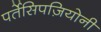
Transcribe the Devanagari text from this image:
पर्तेसिपज़ियोनी